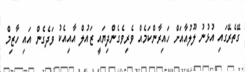
ގޭތެރޭގައި އުޅުނު ލޫލުއާއަށް ހައިރާންކަމެއް ވެރިވެގެންދިޔައީ ޒައުލް އާއިއެކު ވަދެގެން އައި ހާޒިމް